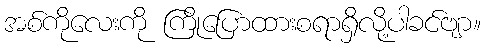
အစ်ကိုလေးကို ကြိုပြောထားစရာရှိလို့ပါခင်ဗျာ။